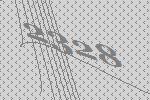
2328